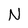
Character: N